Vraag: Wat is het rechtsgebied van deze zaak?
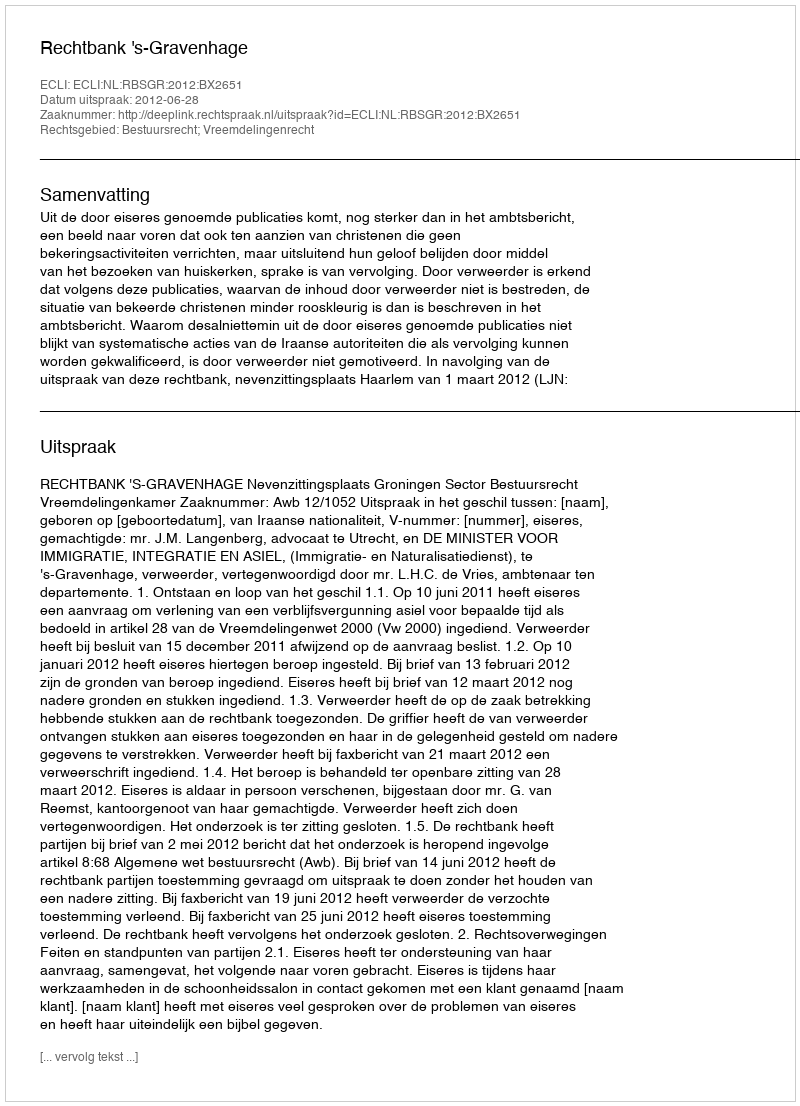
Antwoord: Bestuursrecht; Vreemdelingenrecht